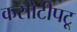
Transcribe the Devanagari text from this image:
कसोटीपटू